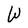
Character: W